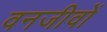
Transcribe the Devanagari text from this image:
वनजीवों